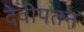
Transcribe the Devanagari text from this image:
देवीपतन